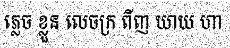
ភ្លេច ខ្លួន លេចក្រ ពីញ យាយ ហា